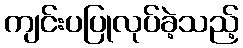
ကျင်းပပြုလုပ်ခဲ့သည့်